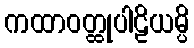
ကထာဝတ္ထုပါဠိယမ္ပိ